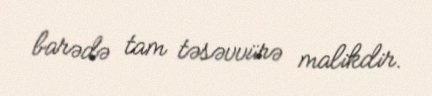
barədə tam təsəvvürə malikdir.